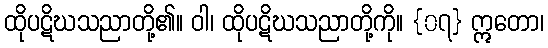
ထိုပဋိဃသညာတို့၏။ ဝါ၊ ထိုပဋိဃသညာတို့ကို။ {၀၇} ဣတော၊